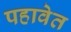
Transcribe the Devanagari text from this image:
पहावेत